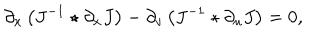
LaTeX: \partial _ { x } \left( J ^ { - 1 } \star \partial _ { x } J \right) - \partial _ { v } \left( J ^ { - 1 } \star \partial _ { u } J \right) = 0 ,